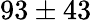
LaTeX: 93\pm 43